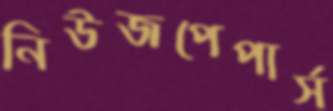
নিউজপেপার্স